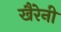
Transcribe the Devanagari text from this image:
खैरेनी